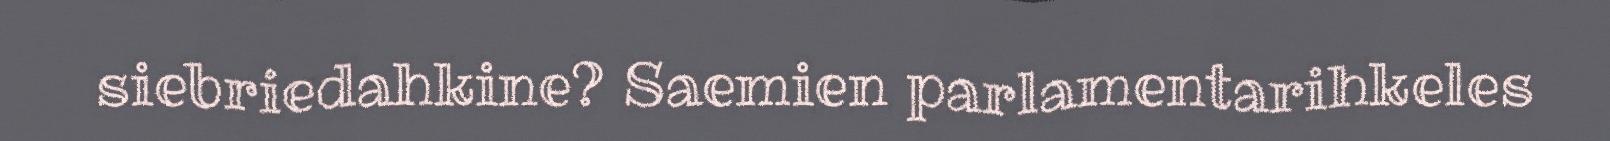
siebriedahkine? Saemien parlamentarihkeles